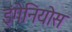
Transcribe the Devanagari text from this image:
इंगेनियोस